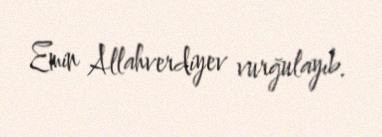
Emin Allahverdiyev vurğulayıb.